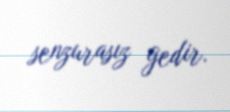
senzurasız gedir.